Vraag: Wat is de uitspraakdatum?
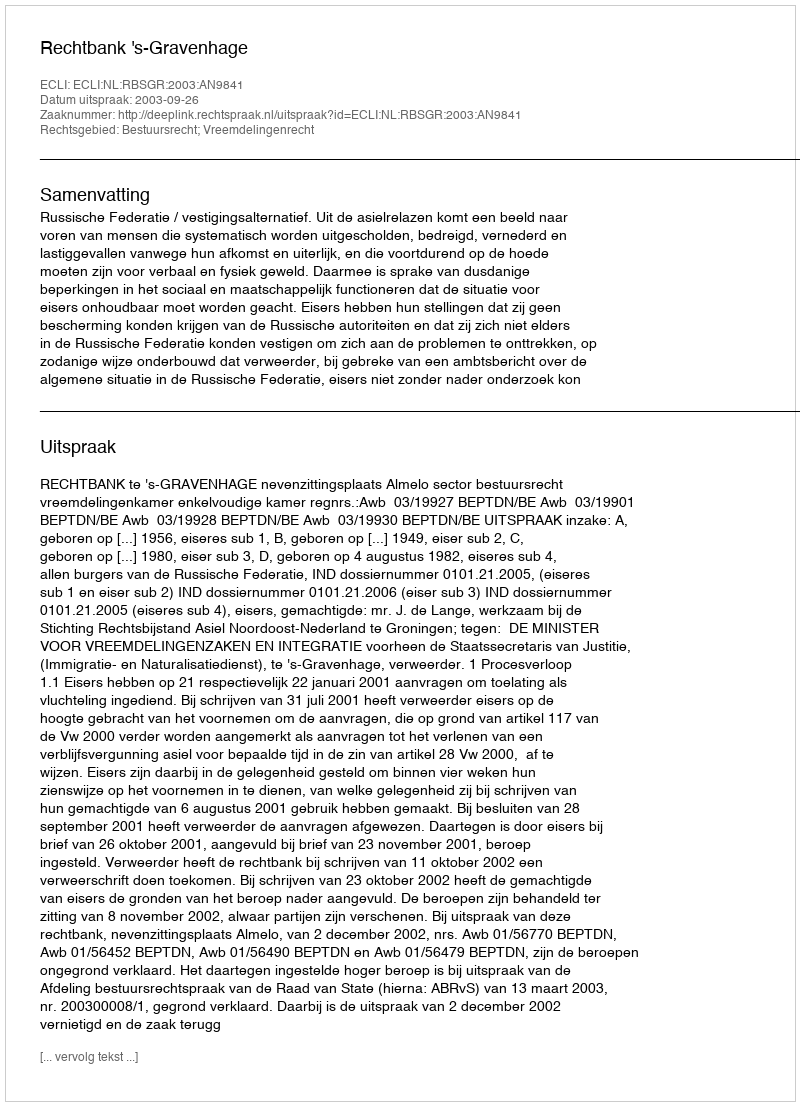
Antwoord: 2003-09-26